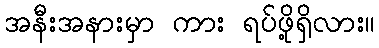
အနီးအနားမှာ ကား ရပ်ဖို့ရှိလား။